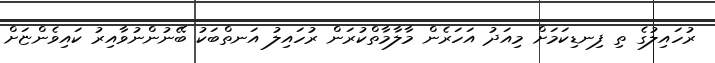
ރުހައިލުގެ ތި ފިނޑިކަމަށް މިއަދު އަހަރެން މާލާމާތްކުރަން ރުހައިލު އަނތްބަކު ބޭނުންނުވާއިރު ކައިވެންޏަށް